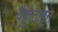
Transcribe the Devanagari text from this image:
वैकुंठाहून